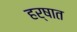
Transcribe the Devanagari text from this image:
हर्षात